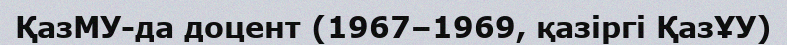
ҚазМУ-да доцент (1967–1969, қазіргі ҚазҰУ)